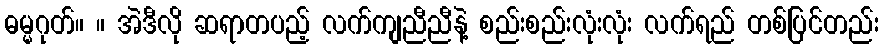
ဓမ္မဂုတ်။ ။ အဲဒီလို ဆရာတပည့် လက်ကျညီညီနဲ့ စည်းစည်းလုံးလုံး လက်ရည် တစ်ပြင်တည်း